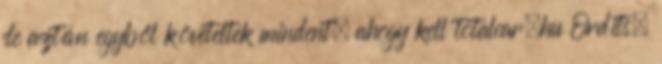
de aztán egyből követeltek mindent, ahogy kell totalcar.hu Ordíts,